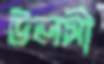
উলসী